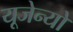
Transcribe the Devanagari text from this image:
यूजेन्यो